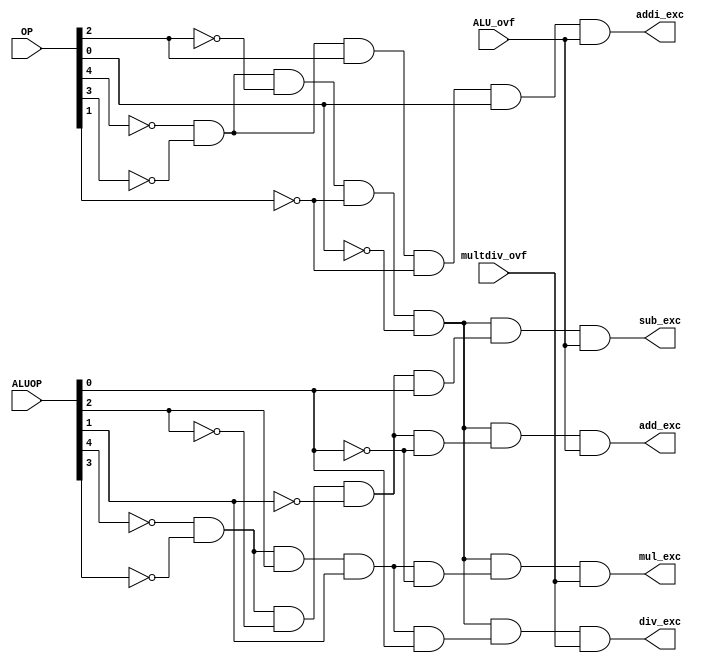
module exception_checker(add_exc, addi_exc, sub_exc, mul_exc, div_exc, OP, ALUOP, ALU_ovf, multdiv_ovf);
    input [4:0] OP, ALUOP;
    input ALU_ovf, multdiv_ovf;
    output add_exc, addi_exc, sub_exc, mul_exc, div_exc;

    wire is_basicALU, is_add, is_addi, is_sub, is_mult, is_div;
    //ALU ops
    wire add_op, sub_op;

    //wires of OP
    wire op4 = OP[4];
    wire op3 = OP[3];
    wire op2 = OP[2];
    wire op1 = OP[1];
    wire op0 = OP[0];

    //wires of ALUOP
    wire a4 = ALUOP[4];
    wire a3 = ALUOP[3];
    wire a2 = ALUOP[2];
    wire a1 = ALUOP[1];
    wire a0 = ALUOP[0];

    //detect operations
    assign is_basicALU = (~op4 & ~op3 & ~op2 & ~op1 & ~op0);
    assign is_add = (is_basicALU & (~a4 & ~a3 & ~a2 & ~a1 & ~a0));
    assign is_addi = (~op4 & ~op3 & op2 & ~op1 & op0);
    assign is_sub = (is_basicALU & (~a4 & ~a3 & ~a2 & ~a1 & a0));
    assign is_mult = (is_basicALU & (~a4 & ~a3 & a2 & a1 & ~a0));
    assign is_div = (is_basicALU & (~a4 & ~a3 & a2 & a1 & a0));

    //assign exceptions
    assign add_exc = (is_add & ALU_ovf);
    assign addi_exc = (is_addi & ALU_ovf);
    assign sub_exc = (is_sub & ALU_ovf);
    assign mul_exc = (is_mult & multdiv_ovf);
    assign div_exc = (is_div & multdiv_ovf);

endmodule